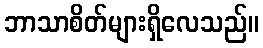
ဘာသာစိတ်များရှိလေသည်။